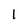
Character: 1